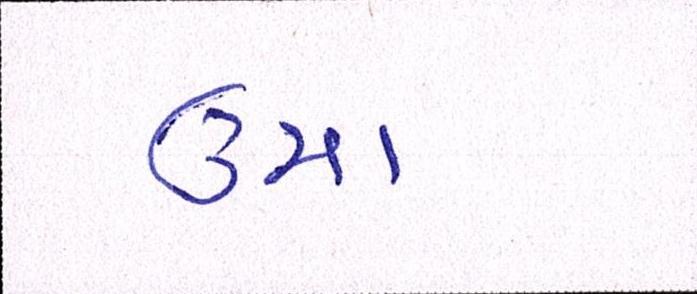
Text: ઉમા